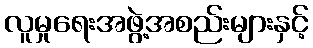
လူမှုရေးအဖွဲ့အစည်းများနှင့်